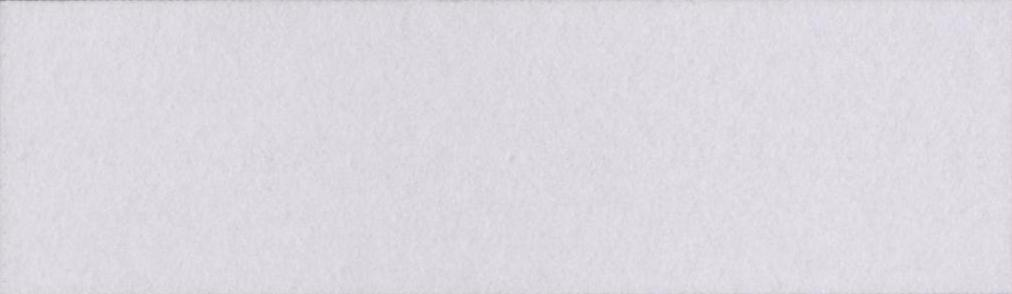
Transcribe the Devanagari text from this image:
खरमिटाव